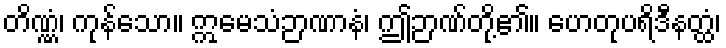
တိဏ္ဏံ၊ ကုန်သော။ ဣမေသံဉာဏာနံ၊ ဤဉာဏ်တို့၏။ ဟေတုပရိဒီနတ္ထံ၊